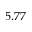
5 . 7 7